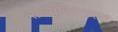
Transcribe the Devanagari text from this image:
राज्यविस्तारात